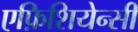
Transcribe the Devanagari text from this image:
एफ़िशियेन्सी